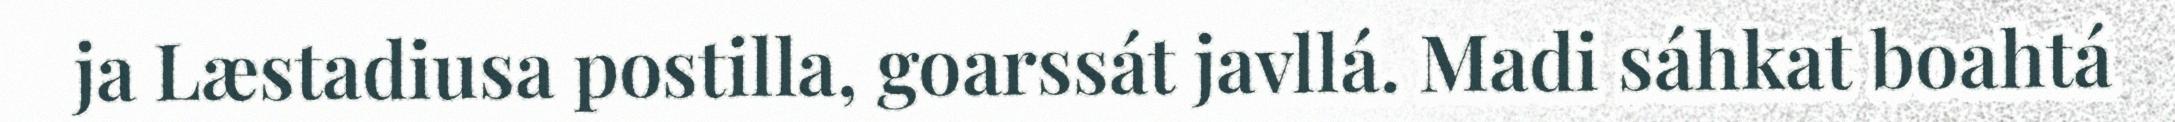
ja Læstadiusa postilla, goarssát javllá. Madi sáhkat boahtá